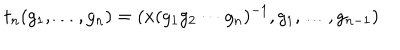
t _ { n } ( g _ { 1 } , \ldots , g _ { n } ) = ( x ( g _ { 1 } g _ { 2 } \cdots g _ { n } ) ^ { - 1 } , g _ { 1 } , \ldots , g _ { n - 1 } )